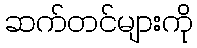
ဆက်တင်များကို